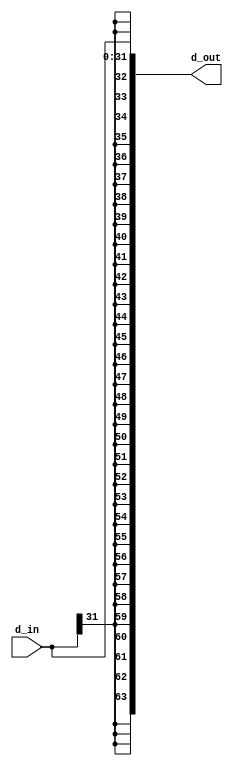
module sign_ext (d_in, d_out);
  input [31:0] d_in;
  output [63:0] d_out;
  
  assign d_out = {{32{d_in[31]}}, d_in};
  
endmodule